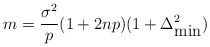
\begin{align*}m = \frac{\sigma^2}{p}(1 + 2n p) (1 + \Delta_{\mbox{min}}^2)\end{align*}